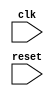
module edge_trigger(
    input wire clk,
    input wire reset
);

reg past_clk;

always @(posedge clk, negedge clk) begin
    if (!reset) begin
        // Code to be executed on positive or negative clock edge here
    end
end

endmodule